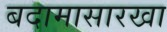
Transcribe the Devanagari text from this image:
बदामासारखा